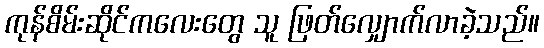
ကုန်စိမ်းဆိုင်ကလေးတွေ သူ ဖြတ်လျှောက်လာခဲ့သည်။